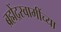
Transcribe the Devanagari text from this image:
ब्रह्मेंद्रस्वामींच्या